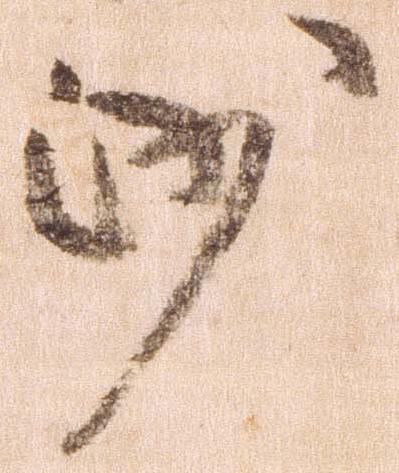
沙